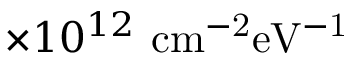
\times 1 0 ^ { 1 2 } ~ \mathrm { c m ^ { - 2 } e V ^ { - 1 } }